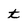
Character: t